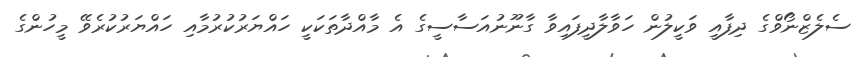
ސެލެޒްނޯވްގެ ދިފާއީ ވަކީލުން ހަވާލާދީފައިވާ ގާނޫނުއަސާސީގެ އެ މާއްދާތަކަކީ ހައްޔަރުކުރުމާއި ހައްޔަރުކުރެވޭ މީހުންގެ